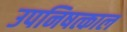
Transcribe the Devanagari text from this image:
उपनिषत्काल